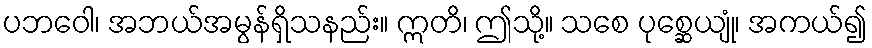
ပဘဝေါ၊ အဘယ်အမွန်ရှိသနည်း။ ဣတိ၊ ဤသို့။ သစေ ပုစ္ဆေယျုံ၊ အကယ်၍